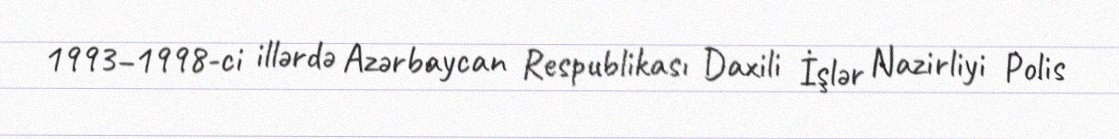
1993–1998-ci illərdə Azərbaycan Respublikası Daxili İşlər Nazirliyi Polis